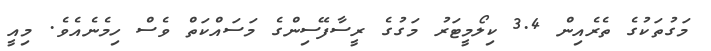
މަގުތަކުގެެ ތެރެއިން 3.4 ކިލޯމީޓަރު މަގުގެ ރީސާފޭސިންގެ މަސައްކަތް ވެސް ހިމެނެއެވެ. މިއީ